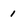
Character: 1